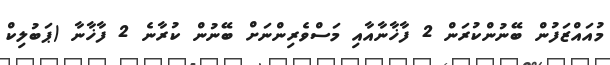
މުއައްޒަފުން ބޭނުންކުރަން 2 ފާޚާނާއާއި މަސްވެރިންނަށް ބޭނުން ކުރާނެ 2 ފާޚާނާ (ޕަބުލިކް